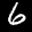
Label: 6